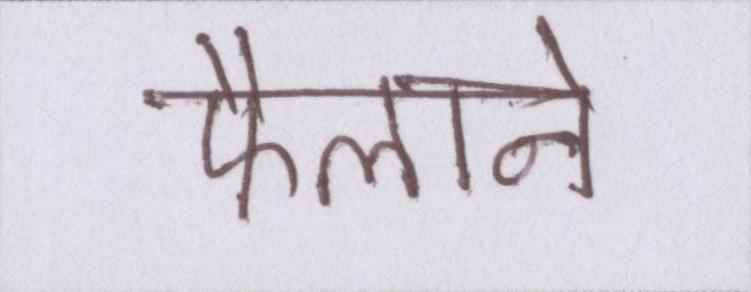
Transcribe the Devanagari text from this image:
फैलाने